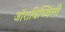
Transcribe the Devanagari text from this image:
जॉराबिच्विली